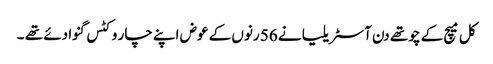
کل میچ کے چوتھے دن آسٹریلیا نے 56 رنوں کے عوض اپنے چار وکٹس گنوا دئے تھے ۔